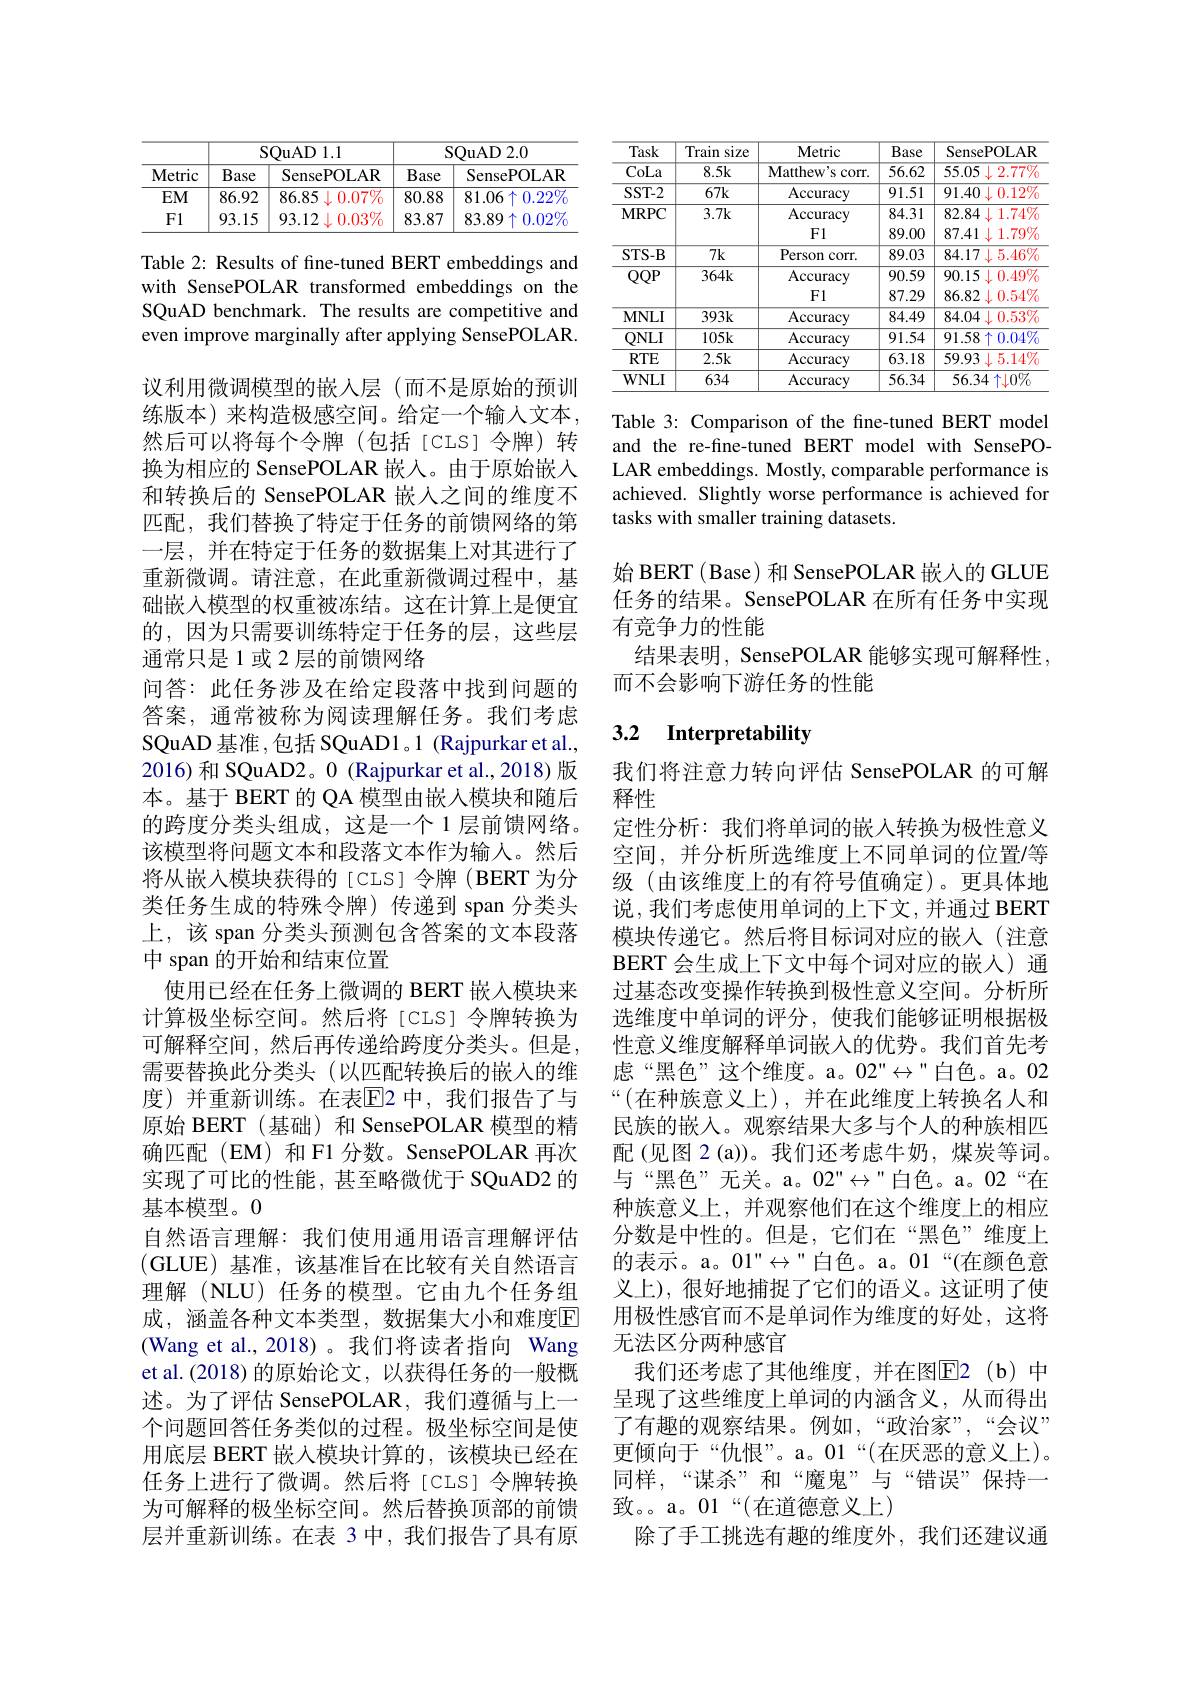
<table>
	<tbody>
		<tr>
			<th rowspan="2">Metric</th>
			<th>S</th>
			<th>QuAD 1.1 1</th>
			<th colspan="2">${\mathrm{SQuAD~2.0}}$</th>
		</tr>
		<tr>
			<th>Base</th>
			<th>SensePOLAR</th>
			<th>Base -1</th>
			<th>SensePOLAR</th>
		</tr>
		<tr>
			<td>$EM$</td>
			<td>86.92</td>
			<td>86.85 $0.07\%$ $\downarrow($</td>
			<td>80.88</td>
			<td>81.06 $5\uparrow0.22\%$</td>
		</tr>
		<tr>
			<td>F1</td>
			<td>93.15</td>
			<td>$0.03\%$ 93.12 11</td>
			<td>83.87</td>
			<td>$83.89\uparrow$ $\sim0.02\%$</td>
		</tr>
	</tbody>
</table>

Table 2: Results of fine-tuned BERT embeddings and with SensePOLAR transformed embeddings on the SQuAD benchmark. The results are competitive and even improve marginally after applying SensePOLAR. 议利用微调模型的嵌入层 (而不是原始的预训练版本)来构造极感空间。给定一个输人文本， 然后可以将每个令牌(包括[CLS]令牌)转换为相应的 SensePOLAR 嵌入。由于原始嵌人和转换后的 SensePOLAR 嵌人之间的维度不匹配，我们替换了特定于任务的前馈网络的第一层，并在特定于任务的数据集上对其进行了重新微调。请注意，在此重新微调过程中，基础嵌入模型的权重被冻结。这在计算上是便宜的，因为只需要训练特定于任务的层，这些层通常只是 1 或 2 层的前馈网络
问答：此任务涉及在给定段落中找到问题的答案，通常被称为阅读理解任务。我们考虑SQuAD 基准 ,包括 SQuAD1。1 (Rajpurkar et al., 2016)和 SQuAD2。0 (Rajpurkar et al.,2018)版本。基于 BERT 的 QA 模型由嵌入模块和随后的跨度分类头组成，这是一个 1 层前馈网络。该模型将问题文本和段落文本作为输人。然后将从嵌入模块获得的[CLS]令牌(BERT 为分类任务生成的特殊令牌)传递到 span 分类头上，该 span 分类头预测包含答案的文本段落中 span 的开始和结束位置
使用已经在任务上微调的 BERT 嵌入模块来计算极坐标空间。然后将[CLS]令牌转换为可解释空间，然后再传递给跨度分类头。但是， 需要替换此分类头(以匹配转换后的嵌入的维度)并重新训练。在表$\overline{\mathrm{E}}$2 中，我们报告了与原始 BERT(基础) 和 SensePOLAR 模型的精确匹配(EM)和F1 分数。SensePOLAR 再次实现了可比的性能，甚至略微优于 SQuAD2 的基本模型。0
自然语言理解：我们使用通用语言理解评估(GLUE)基准，该基准旨在比较有关自然语言理解 (NLU) 任务的模型。它由九个任务组成，涵盖各种文本类型，数据集大小和难度$\mathbb{E}$ (Wang et al.,2018)。我们将读者指向 Wang et al.(2018) 的原始论文，以获得任务的一般概述。为了评估 SensePOLAR,我们遵循与上一个问题回答任务类似的过程。极坐标空间是使用底层 BERT 嵌入模块计算的，该模块已经在任务上进行了微调。然后将[CLS]令牌转换为可解释的极坐标空间。然后替换顶部的前馈层并重新训练。在表 3 中，我们报告了具有原

<table>
	<tbody>
		<tr>
			<th>Task</th>
			<th>Train size</th>
			<th>Metric</th>
			<th>Base</th>
			<th>SensePOLAR</th>
		</tr>
		<tr>
			<td>CoLa</td>
			<td>8.5k</td>
			<td>Matthe$w^{\prime }$s corr. </td>
			<td>56.62</td>
			<td>55.05 $2.77\%$</td>
		</tr>
		<tr>
			<td>SST-2</td>
			<td>$67k$</td>
			<td>Accuracy</td>
			<td>91.51</td>
			<td>91.40 $0.12\%$</td>
		</tr>
		<tr>
			<td rowspan="2">$\mathbf{MRPC}$</td>
			<td>3.7k</td>
			<td>Accuracy</td>
			<td>84.31</td>
			<td>82.84 $1.1.74\%$</td>
		</tr>
		<tr>
			<td> </td>
			<td>F1</td>
			<td>89.00</td>
			<td>87.41 $1.79\%$ 11</td>
		</tr>
		<tr>
			<td>STS- B</td>
			<td>7k</td>
			<td>Person corr.</td>
			<td>89.03</td>
			<td>84.17 $7\downarrow5.46\%$</td>
		</tr>
		<tr>
			<td rowspan="2">$QQP$</td>
			<td>$364k$</td>
			<td>Accuracy</td>
			<td>90.59</td>
			<td>90.15 $0.49\%$ 1 11</td>
		</tr>
		<tr>
			<td> </td>
			<td>F1</td>
			<td>87.29</td>
			<td>86.82 $0.54\%$ 11</td>
		</tr>
		<tr>
			<td>$\mathbf{MNLI}$</td>
			<td>$393k$</td>
			<td>Accuracy</td>
			<td>84.49</td>
			<td>84.04 $0.53\%$</td>
		</tr>
		<tr>
			<td>$QNLI$</td>
			<td>$105k$</td>
			<td>Accuracy</td>
			<td>91.54</td>
			<td>$91.58\uparrow0.04\%$</td>
		</tr>
		<tr>
			<td>$RTE$</td>
			<td>2.5k</td>
			<td>Accuracy</td>
			<td>63.18</td>
			<td>59.93 $\pm5.14\%$</td>
		</tr>
		<tr>
			<td>$WNLI$</td>
			<td>634</td>
			<td>Accuracy</td>
			<td>56.34</td>
			<td>56.34 $\uparrow\downarrow0\%$</td>
		</tr>
	</tbody>
</table>

Table 3: Comparison of the fine-tuned BERT model and the re-fine-tuned BERT model with SensePOLAR embeddings. Mostly, comparable performance is achieved. Slightly worse performance is achieved for tasks with smaller training datasets.

始 BERT ( Base) 和 SensePOLAR 嵌入的 GLUE 任务的结果。SensePOLAR 在所有任务中实现有竞争力的性能
结果表明，SensePOLAR 能够实现可解释性，
而不会影响下游任务的性能

## 3.2 Interpretability

我们将注意力转向评估 SensePOLAR 的可解
释性
定性分析：我们将单词的嵌入转换为极性意义空间，并分析所选维度上不同单词的位置$\prime$等级 (由该维度上的有符号值确定)。更具体地说，我们考虑使用单词的上下文，并通过 BERT 模块传递它。然后将目标词对应的嵌入(注意BERT 会生成上下文中每个词对应的嵌人)通过基态改变操作转换到极性意义空间。分析所选维度中单词的评分，使我们能够证明根据极性意义维度解释单词嵌入的优势。我们首先考虑“黑色”这个维度。a。02"$\leftrightarrow"白色。a。02$ “(在种族意义上),并在此维度上转换名人和民族的嵌入。观察结果大多与个人的种族相匹配(见图 2 (a))。我们还考虑牛奶，煤炭等词。与“黑色”无关。a。02”$\leftrightarrow”白色。a。02“在$ 种族意义上，并观察他们在这个维度上的相应分数是中性的。但是，它们在“黑色”维度上的表示。a。01" $\leftrightarrow$"白色。a。01“(在颜色意义上), 很好地捕捉了它们的语义。这证明了使用极性感官而不是单词作为维度的好处，这将无法区分两种感官
我们还考虑了其他维度，并在图$\overline{\mathrm{E}}$2(b)中呈现了这些维度上单词的内涵含义，从而得出了有趣的观察结果。例如，“政治家”,“会议” 更倾向于“仇恨”。a。01“(在厌恶的意义上)。同样，“谋杀”和“魔鬼”与“错误”保持一致。。a。01“(在道德意义上)
除了手工挑选有趣的维度外，我们还建议通